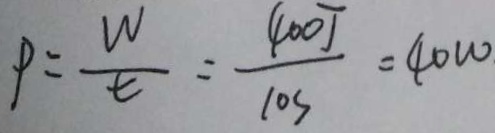
p = \frac { W } { t } = \frac { 4 0 0 J } { 1 0 s } = 4 0 w